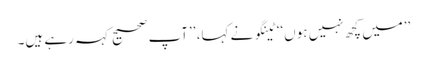
’’میں کچھ نہیں ہوں‘‘ ٹینگو نے کہا، ’’آپ صحیح کہہ رہے ہیں۔